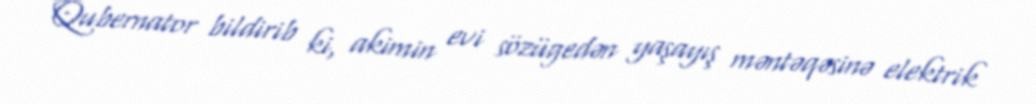
Qubernator bildirib ki, akimin evi sözügedən yaşayış məntəqəsinə elektrik